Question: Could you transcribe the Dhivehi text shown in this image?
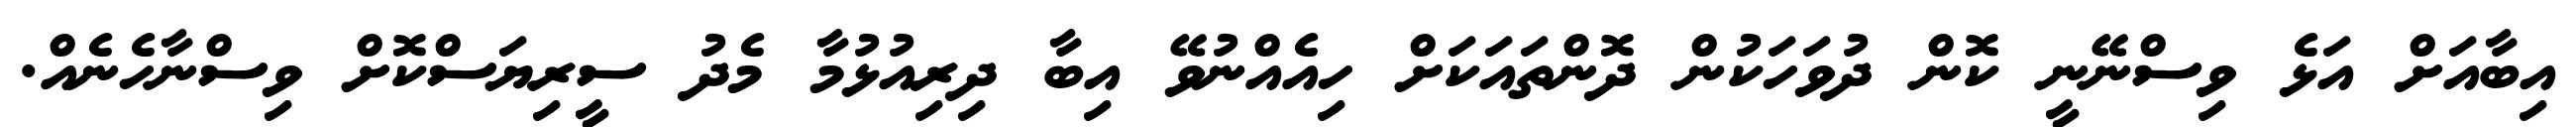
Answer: އިބާއަށް އަޅެ ވިސްނޭނީ ކޮން ދުވަހަކުން ދޮންތައަކަށް ހިއެއްނުވޭ އިބާ ދިރިއުޅުމާ މެދު ސީރިޔަސްކޮށް ވިސްނާހެނެއް.